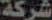
شركة